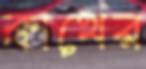
ক্বাথের